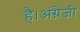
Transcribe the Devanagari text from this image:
है।अंग्रेजी